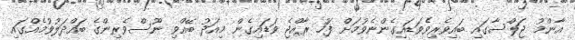
އާންމު ޖަލްސާގައި ބައިވެރިވެވަޑައިގެންނެވުމަށް ފަހު ރާއްޖެ ވަޑައިގެން މިއަދު ބޭއްވި ނޫސްވެރިންގެ ބައްދަލުވުމެއްގައި